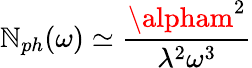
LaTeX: \mathbb{N}_{ph}(\omega)\simeq\frac{{\alpham^{2}}}{{\lambda^{2}\omega^{3}}}